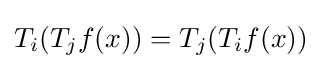
T_{i}(T_{j}f(x))=T_{j}(T_{i}f(x))